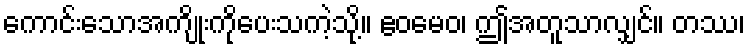
ကောင်းသောအကျိုးကိုပေးသကဲ့သို့။ ဧဝမေဝ၊ ဤအတူသာလျှင်။ တဿ၊